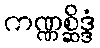
ကဏ္ဏစ္ဆိဒ္ဒံ